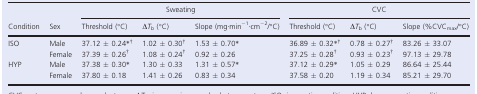
| <ROWSPAN=2> Condition | <ROWSPAN=2> Sex | <COLSPAN=3> Sweating | <COLSPAN=3> CVC |
 | Threshold (°C) | ΔTb (°C) | Slope (mg∙min−1∙cm−2/°C) | Threshold (°C) | ΔTb (°C) | Slope (%CVCmax/°C) |
 | --- | --- | --- | --- | --- | --- | --- | --- |
 | <ROWSPAN=2> ISO | Male | 37.12 ± 0.24*† | 1.02 ± 0.30† | 1.53 ± 0.70* | 36.89 ± 0.32*† | 0.78 ± 0.27† | 83.26 ± 33.07 |
 | Female | 37.39 ± 0.26† | 1.08 ± 0.24† | 0.92 ± 0.26 | 37.25 ± 0.28† | 0.93 ± 0.23† | 97.13 ± 29.78 |
 | <ROWSPAN=2> HYP | Male | 37.38 ± 0.30* | 1.30 ± 0.33 | 1.31 ± 0.57* | 37.12 ± 0.29* | 1.05 ± 0.29 | 86.64 ± 25.44 |
 | Female | 37.80 ± 0.18 | 1.41 ± 0.26 | 0.83 ± 0.34 | 37.58 ± 0.20 | 1.19 ± 0.34 | 85.21 ± 29.70 |